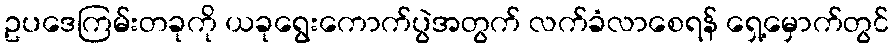
ဥပဒေကြမ်းတခုကို ယခုရွေးကောက်ပွဲအတွက် လက်ခံလာစေရန် ရှေ့မှောက်တွင်